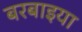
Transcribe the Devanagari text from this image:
बरबाइया